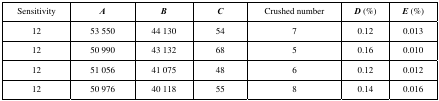
| Sensitivity | A | B | C | Crushed number | D (%) | E (%) |
 | --- | --- | --- | --- | --- | --- | --- |
 | 12 | 53 550 | 44 130 | 54 | 7 | 0.12 | 0.013 |
 | 12 | 50 990 | 43 132 | 68 | 5 | 0.16 | 0.010 |
 | 12 | 51 056 | 41 075 | 48 | 6 | 0.12 | 0.012 |
 | 12 | 50 976 | 40 118 | 55 | 8 | 0.14 | 0.016 |